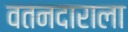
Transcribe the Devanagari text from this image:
वतनदाराला